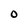
Character: O